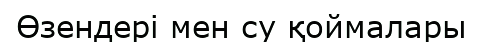
Өзендері мен су қоймалары